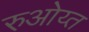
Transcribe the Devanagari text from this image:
रुओय्त